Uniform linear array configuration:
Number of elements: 16
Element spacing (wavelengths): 1
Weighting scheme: blackman
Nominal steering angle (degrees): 15
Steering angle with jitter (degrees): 15.932
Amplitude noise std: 0.05
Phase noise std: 0.05

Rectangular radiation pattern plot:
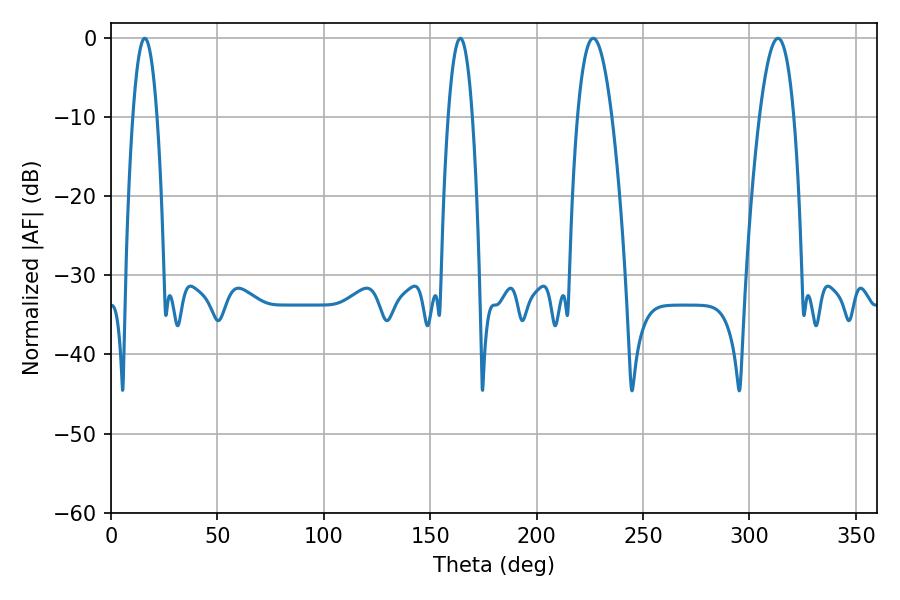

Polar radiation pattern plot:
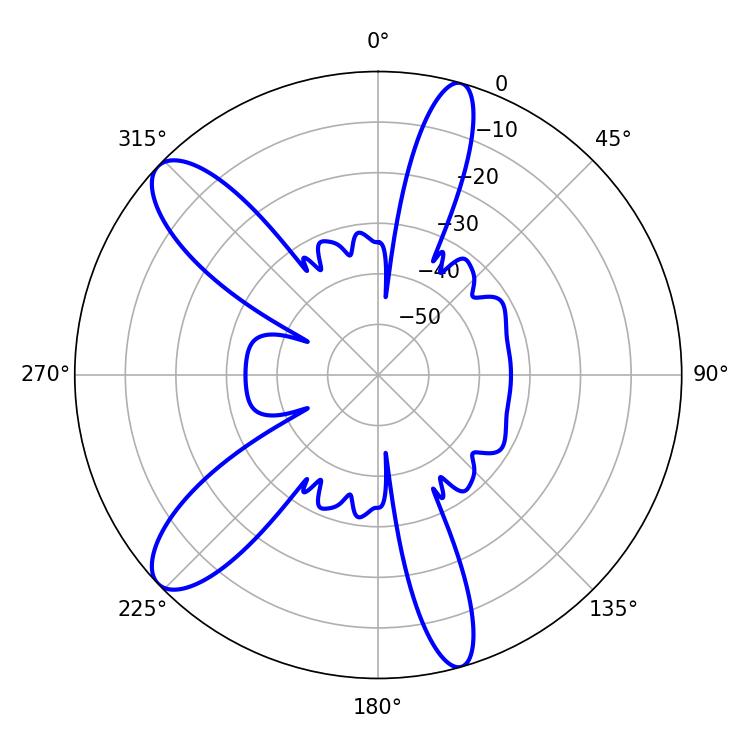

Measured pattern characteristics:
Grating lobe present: TRUE
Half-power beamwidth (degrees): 9
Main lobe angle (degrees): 226.62